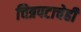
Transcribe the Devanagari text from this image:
चित्रपटाचेही